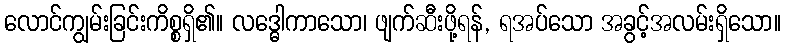
လောင်ကျွမ်းခြင်းကိစ္စရှိ၏။ လဒ္ဓေါကာသော၊ ဖျက်ဆီးဖို့ရန်, ရအပ်သော အခွင့်အလမ်းရှိသော။